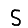
Digit: 5